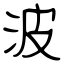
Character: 波